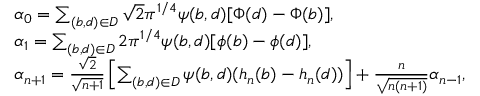
\begin{array} { r l } & { \alpha _ { 0 } = \sum _ { ( b , d ) \in D } \sqrt { 2 } \pi ^ { 1 / 4 } \psi ( b , d ) [ \Phi ( d ) - \Phi ( b ) ] , } \\ & { \alpha _ { 1 } = \sum _ { ( b , d ) \in D } 2 \pi ^ { 1 / 4 } \psi ( b , d ) [ \phi ( b ) - \phi ( d ) ] , } \\ & { \alpha _ { n + 1 } = \frac { \sqrt { 2 } } { \sqrt { n + 1 } } \left[ \sum _ { ( b , d ) \in D } \psi ( b , d ) ( h _ { n } ( b ) - h _ { n } ( d ) ) \right] + \frac { n } { \sqrt { n ( n + 1 ) } } \alpha _ { n - 1 } , } \end{array}